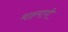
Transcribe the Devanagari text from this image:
थाहमापी